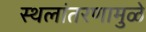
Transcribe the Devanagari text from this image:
स्थलांतरणामुळे